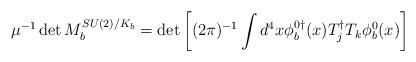
LaTeX: \begin{align*}\mu^{-1} \det M_b^{SU(2)/K_b} = \det \left[ (2\pi)^{-1} \int d^4x \phi_b^{0\dagger}(x)T_j^\dagger T_k \phi_b^0(x) \right]\end{align*}